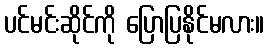
ပင်မင်းဆိုင်ကို ပြောပြနိုင်မလား။